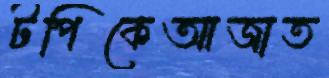
টপিকেআজাত